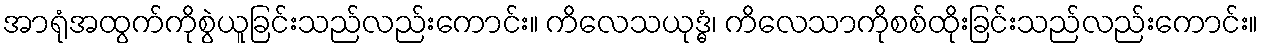
အာရုံအထွက်ကိုစွဲယူခြင်းသည်လည်းကောင်း။ ကိလေသယုဒ္ဓံ၊ ကိလေသာကိုစစ်ထိုးခြင်းသည်လည်းကောင်း။